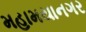
મહામયાનગર